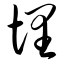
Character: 埋